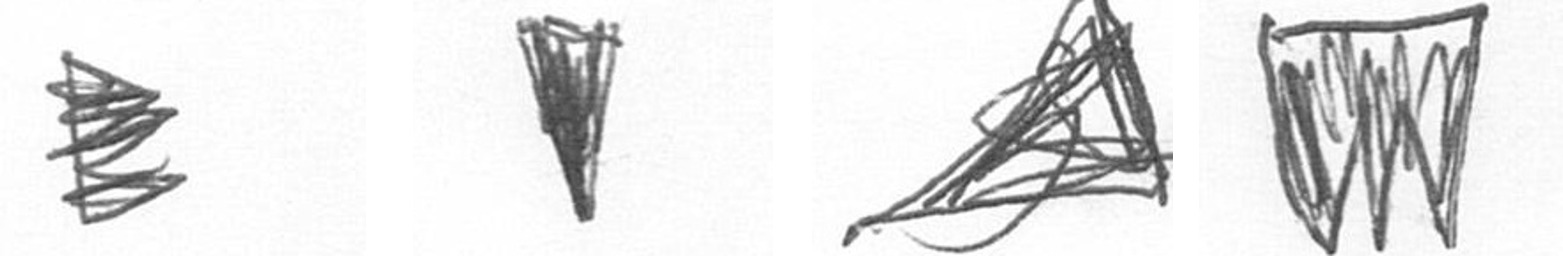
H J O L